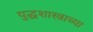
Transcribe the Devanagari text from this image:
युद्धशास्त्राच्या